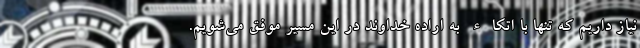
نیاز داریم که تنها با اتکاء به اراده خداوند در این مسیر موفق می‌شویم.